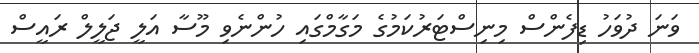
ވަނަ ދުވަހު ޑިފެންސް މިނިސްޓަރުކަމުގެ މަގާމްގައި ހުންނެވި މޫސާ އަލީ ޖަލީލް ރައީސް